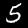
Label: 5